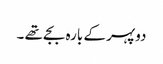
دوپہر کے بارہ بجے تھے ۔